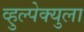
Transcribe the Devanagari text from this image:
व्हुल्पेक्युला